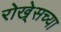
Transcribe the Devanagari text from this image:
रोखे्सच्या